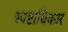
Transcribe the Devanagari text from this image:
स्पष्टाधिकार